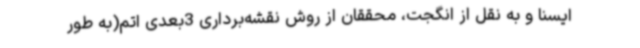
ایسنا و به نقل از انگجت، محققان از روش نقشه‌برداری 3بعدی اتم(به‌ طور